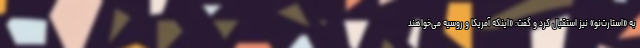
به «استارت‌نو» نیز استقبال کرد و گفت: «اینکه آمریکا و روسیه می‌خواهند